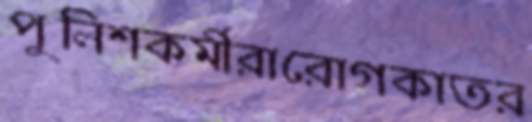
পুলিশকর্মীরারোগকাতর